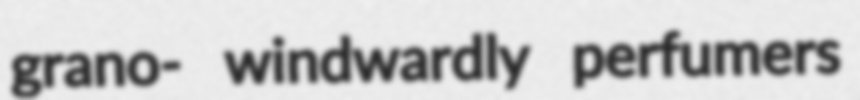
grano- windwardly perfumers